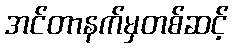
အင်တာနက်မှတစ်ဆင့်